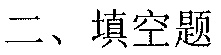
二、填空题